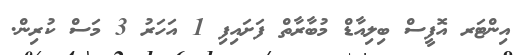
އިންޓަރ އޮފީސް ބިލިއާޑް މުބާރާތް ފަށައިފި 1 އަހަރު 3 މަސް ކުރިން.